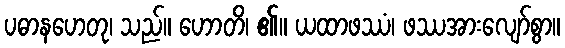
ပဓာနဟေတု၊ သည်။ ဟောတိ၊ ၏။ ယထာဖဿံ၊ ဖဿအားလျော်စွာ။